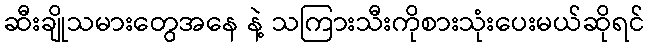
ဆီးချိုသမားတွေအနေ နဲ့ သကြားသီးကိုစားသုံးပေးမယ်ဆိုရင်